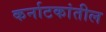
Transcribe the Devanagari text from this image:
कर्नाटकांतील